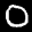
Label: 0